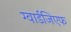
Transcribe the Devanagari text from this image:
ग्वार्डजिएफ